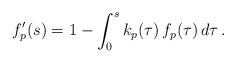
LaTeX: \begin{align*} f_p'(s) = 1 - \int_0^{s} k_p(\tau) \, f_p(\tau) \, d\tau \,.\end{align*}